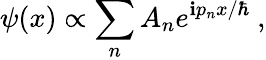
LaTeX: \psi(x)\propto\sum_{n}A_{n}e^{\mathbf{i}p_{n}x/\hbar}~,